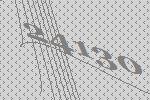
24130